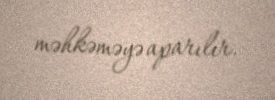
məhkəməyə aparılır.